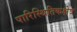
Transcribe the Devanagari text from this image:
पारिस्थितिकक्षेत्र